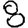
Digit: 8